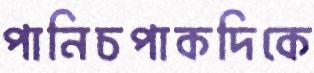
পানিচপাকদিকে